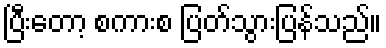
ပြီးတော့ စကားစ ပြတ်သွားပြန်သည်။